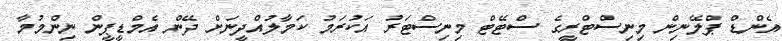
އެންޑް ޕްލޭނިން މިނިސްޓްރީގެ ސްޓޭޓް މިނިސްޓަރު އަކުރަމު ކަމާލުއްދީނަށް ދޭން އެމްޑީޕީން ނިންމުމާ